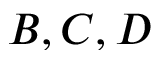
B , C , D